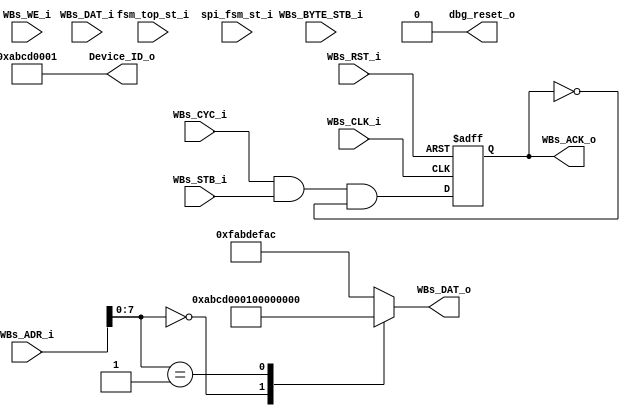
`timescale 1ns / 10ps
module AL4S3B_FPGA_Registers ( 

                        // AHB-To_FPGA Bridge I/F
                        //
                        WBs_ADR_i,
                        WBs_CYC_i,
                        WBs_BYTE_STB_i,
                        WBs_WE_i,
                        WBs_STB_i,
                        WBs_DAT_i,
                        WBs_CLK_i,
                        WBs_RST_i,
                        WBs_DAT_o,
                        WBs_ACK_o,

                        fsm_top_st_i, 
                        spi_fsm_st_i,

                        dbg_reset_o,
                        Device_ID_o
                         );


//------Port Parameters----------------
//
parameter       ADDRWIDTH                   =  10;   // Allow for up to 128 registers in the FPGA
parameter       DATAWIDTH                   =  32;   // Allow for up to 128 registers in the FPGA

                                                                // these are byte offsets
                                                                //  the 2 LSB's (on the right) should be 0's.
parameter       FPGA_REG_ID_VALUE_ADR       = 10'h000       ; 
parameter       FPGA_REV_NUM_ADR            = 10'h004       ; 

parameter       AL4S3B_DEVICE_ID            = 16'h0         ;
parameter       AL4S3B_REV_LEVEL            = 32'h0         ;
parameter       AL4S3B_SCRATCH_REG          = 32'h12345678  ;

parameter       AL4S3B_DEF_REG_VALUE        = 32'hFAB_DEF_AC;

//------Port Signals-------------------
//

// AHB-To_FPGA Bridge I/F
//
input   [ADDRWIDTH-1:0]  WBs_ADR_i     ;  // Address Bus                to   FPGA
input                    WBs_CYC_i     ;  // Cycle Chip Select          to   FPGA 
input             [3:0]  WBs_BYTE_STB_i;  // Byte Select                to   FPGA
input                    WBs_WE_i      ;  // Write Enable               to   FPGA
input                    WBs_STB_i     ;  // Strobe Signal              to   FPGA
input   [DATAWIDTH-1:0]  WBs_DAT_i     ;  // Write Data Bus             to   FPGA
input                    WBs_CLK_i     ;  // FPGA Clock               from FPGA
input                    WBs_RST_i     ;  // FPGA Reset               to   FPGA
output  [DATAWIDTH-1:0]  WBs_DAT_o     ;  // Read Data Bus              from FPGA
output                   WBs_ACK_o     ;  // Transfer Cycle Acknowledge from FPGA

//
// Misc
//
output  [31:0]  Device_ID_o   ;
     


input   [1:0]   fsm_top_st_i; 
input   [1:0]   spi_fsm_st_i;   

output          dbg_reset_o;

// FPGA Global Signals
//
wire                     WBs_CLK_i     ;  // Wishbone FPGA Clock
wire                     WBs_RST_i     ;  // Wishbone FPGA Reset

// Wishbone Bus Signals
//
wire    [ADDRWIDTH-1:0]  WBs_ADR_i     ;  // Wishbone Address Bus
wire                     WBs_CYC_i     ;  // Wishbone Client Cycle  Strobe (i.e. Chip Select) 
wire              [3:0]  WBs_BYTE_STB_i;  // Wishbone Byte   Enables
wire                     WBs_WE_i      ;  // Wishbone Write  Enable Strobe
wire                     WBs_STB_i     ;  // Wishbone Transfer      Strobe
wire    [DATAWIDTH-1:0]  WBs_DAT_i     ;  // Wishbone Write  Data Bus
 
reg     [DATAWIDTH-1:0]  WBs_DAT_o     ;  // Wishbone Read   Data Bus


reg                      WBs_ACK_o     ;  // Wishbone Client Acknowledge


// Misc
//
wire    [31:0]  Device_ID_o;
wire    [31:0]  Rev_Num;


    



wire            Pop_Sig_int;
wire            Pop_Sig;
wire    [3:0]   pop_flag; 

reg     [9:0]   rx_fifo_cnt;  

wire    [1:0]   fsm_top_st_i;
wire    [1:0]   spi_fsm_st_i;

//------Define Parameters--------------
//
// None at this time
//
//------Internal Signals---------------
//

wire            dbg_reset_o;

wire            fifo_ovrrun;

//------Logic Operations---------------
//


// debug
assign dbg_reset_o = 1'b0;


// Define the Acknowledge back to the host for registers
//
assign WBs_ACK_o_nxt  =   (WBs_CYC_i) & WBs_STB_i & (~WBs_ACK_o);


// Define the FPGA's Local Registers
//
always @( posedge WBs_CLK_i or posedge WBs_RST_i)
begin
    if (WBs_RST_i)
    begin
        WBs_ACK_o <= 1'b0;
    end  
    else
    begin
        WBs_ACK_o <=  WBs_ACK_o_nxt;
    end  
end

assign Device_ID_o = 32'hABCD0001;
assign Rev_Num     = 32'h00000100; 

// Define the how to read the local registers and memory
//
always @(*)
 begin
    case(WBs_ADR_i[ADDRWIDTH-3:0])
    FPGA_REG_ID_VALUE_ADR  [ADDRWIDTH-1:2]  : WBs_DAT_o <= Device_ID_o          ;     
    FPGA_REV_NUM_ADR       [ADDRWIDTH-1:2]  : WBs_DAT_o <= Rev_Num              ;
    default                                 : WBs_DAT_o <= AL4S3B_DEF_REG_VALUE ;
    endcase
end



endmodule